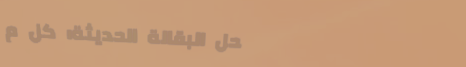
محل البقالة الحديثة: كل م